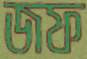
জফ